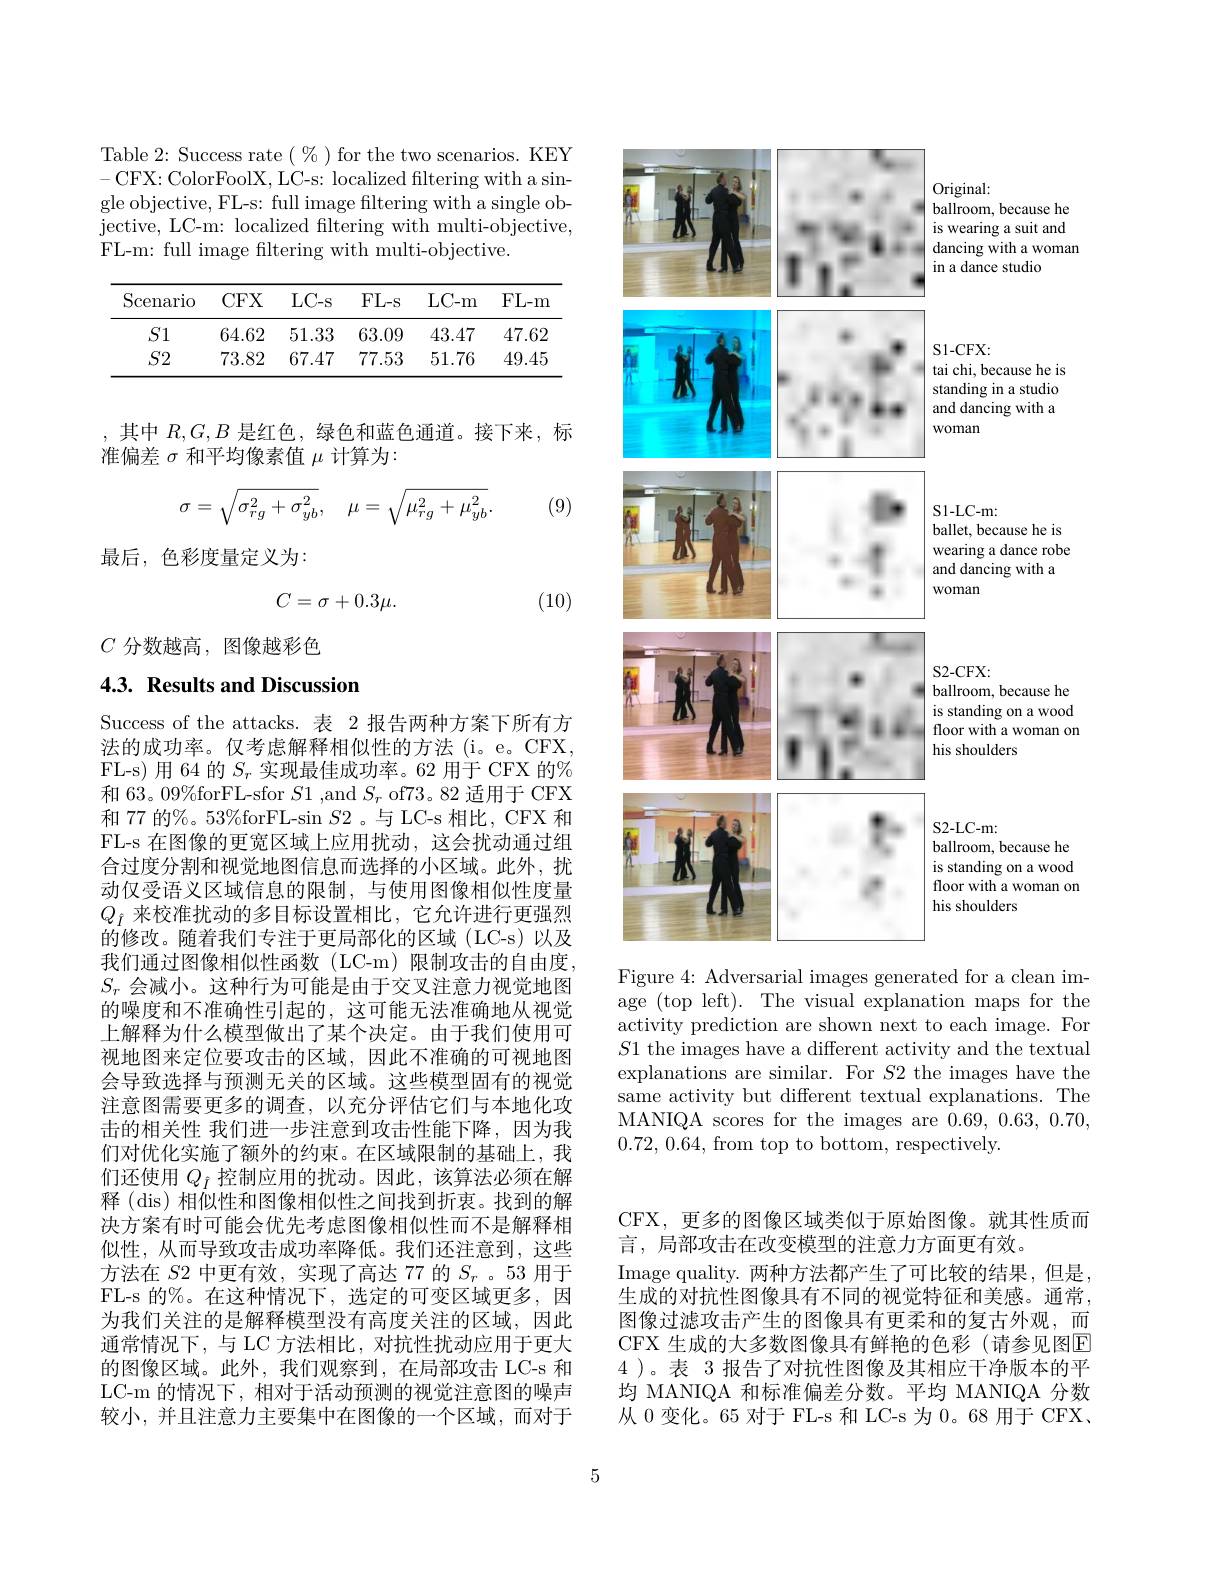
Table 2: Success rate $(\%)$ for the two scenarios. KEY -CFX: ColorFoolX, LC-s: localized filtering with a single objective, FL-s: full image filtering with a single objective, LC- m: localized fltering with multi- objective, FL-m: full image filtering with multi-objective.

<table>
	<tbody>
		<tr>
			<th>Scenario</th>
			<th>CFX</th>
			<th>$LC-s$</th>
			<th>$FL-S$</th>
			<th>$LC-m$</th>
			<th>$FL-m$</th>
		</tr>
		<tr>
			<td>$S1$</td>
			<td>64.62</td>
			<td>51.33</td>
			<td>63.09</td>
			<td>43.47</td>
			<td>47.62</td>
		</tr>
		<tr>
			<td>$S2$</td>
			<td>73.82</td>
			<td>67.47</td>
			<td>77.53</td>
			<td>51.76</td>
			<td>49.45</td>
		</tr>
	</tbody>
</table>

,其中$R,G,B$是红色，绿色和蓝色通道。接下来，标
准偏差$\sigma$和平均像素值$\mu$计算为：
$$\sigma=\sqrt{\sigma_{rg}^2+\sigma_{yb}^2},\quad\mu=\sqrt{\mu_{rg}^2+\mu_{yb}^2}.$$
(9)

最后，色彩度量定义为：
$$C=\sigma+0.3\mu.$$
(10)

$C$分数越高，图像越彩色

## 4.3. Results and Discussion

Success of the attacks.表 2 报告两种方案下所有方法的成功率。仅考虑解释相似性的方法(i。e。CFX, FL-s) 用 64 的$S_r$实现最佳成功率。62 用于 CFX 的% 和 63。09%forFL-sfor $S1$ ,and $S_r$ of73。82 适用于 CFX 和 77 的%。53%forFL-sin $S2$ 。与 LC-s 相比，CFX 和FL-s 在图像的更宽区域上应用扰动，这会扰动通过组合过度分割和视觉地图信息而选择的小区域。此外，扰动仅受语义区域信息的限制，与使用图像相似性度量$Q_{\hat{I}}$来校准扰动的多目标设置相比，它允许进行更强烈的修改。随着我们专注于更局部化的区域(LC-s)以及我们通过图像相似性函数(LC-m)限制攻击的自由度， $S_r$会减小。这种行为可能是由于交叉注意力视觉地图的噪度和不准确性引起的，这可能无法准确地从视觉上解释为什么模型做出了某个决定。由于我们使用可视地图来定位要攻击的区域，因此不准确的可视地图会导致选择与预测无关的区域。这些模型固有的视觉注意图需要更多的调查，以充分评估它们与本地化攻击的相关性 我们进一步注意到攻击性能下降，因为我们对优化实施了额外的约束。在区域限制的基础上，我们还使用$Q_{\hat{I}}$控制应用的扰动。因此，该算法必须在解释 (dis) 相似性和图像相似性之间找到折衷。找到的解决方案有时可能会优先考虑图像相似性而不是解释相似性，从而导致攻击成功率降低。我们还注意到，这些方法在$S$2 中更有效，实现了高达 77 的$S_r$ 。53 用于FL- s 的$\%$。在这种情况下，选定的可变区域更多，因为我们关注的是解释模型没有高度关注的区域，因此通常情况下，与 LC 方法相比，对抗性扰动应用于更大的图像区域。此外，我们观察到，在局部攻击 LC-s 和LC-m 的情况下，相对于活动预测的视觉注意图的噪声较小，并且注意力主要集中在图像的一个区域，而对于

<FigureHere>

Figure 4: Adversarial images generated for a clean im-

age (top left). The visual explanation maps for the activity prediction are shown next to each image. For $S1$ the images have a different activity and the textual explanations are similar. For $S2$ the images have the same activity but different textual explanations. The MANIQA scores for the images are 0.69,0.63,0.70, 0.72,0.64,from top to bottom, respectively.

CFX, 更多的图像区域类似于原始图像。就其性质而
言，局部攻击在改变模型的注意力方面更有效。
Image quality. 两种方法都产生了可比较的结果，但是， 生成的对抗性图像具有不同的视觉特征和美感。通常， 图像过滤攻击产生的图像具有更柔和的复古外观，而CFX 生成的大多数图像具有鲜艳的色彩(请参见图E 4 )。表 3 报告了对抗性图像及其相应干净版本的平均 MANIQA 和标准偏差分数。平均 MANIQA 分数从 0 变化。65 对于 FL-s 和 LC-s 为 0。68 用于 CFX、

5